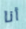
أنا